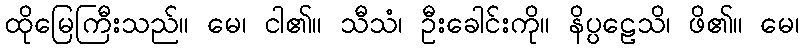
ထိုမြေကြီးသည်။ မေ၊ ငါ၏။ သီသံ၊ ဦးခေါင်းကို။ နိပ္ပဠေသိ၊ ဖိ၏။ မေ၊